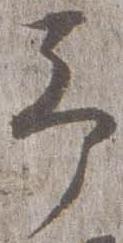
予